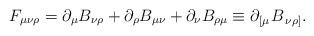
\begin{align*}F_{\mu \nu \rho }=\partial _\mu B_{\nu \rho }+\partial _\rho B_{\mu \nu}+\partial _\nu B_{\rho \mu }\equiv \partial _{\left[ \mu \right. }B_{\left.\nu \rho \right] }.\end{align*}